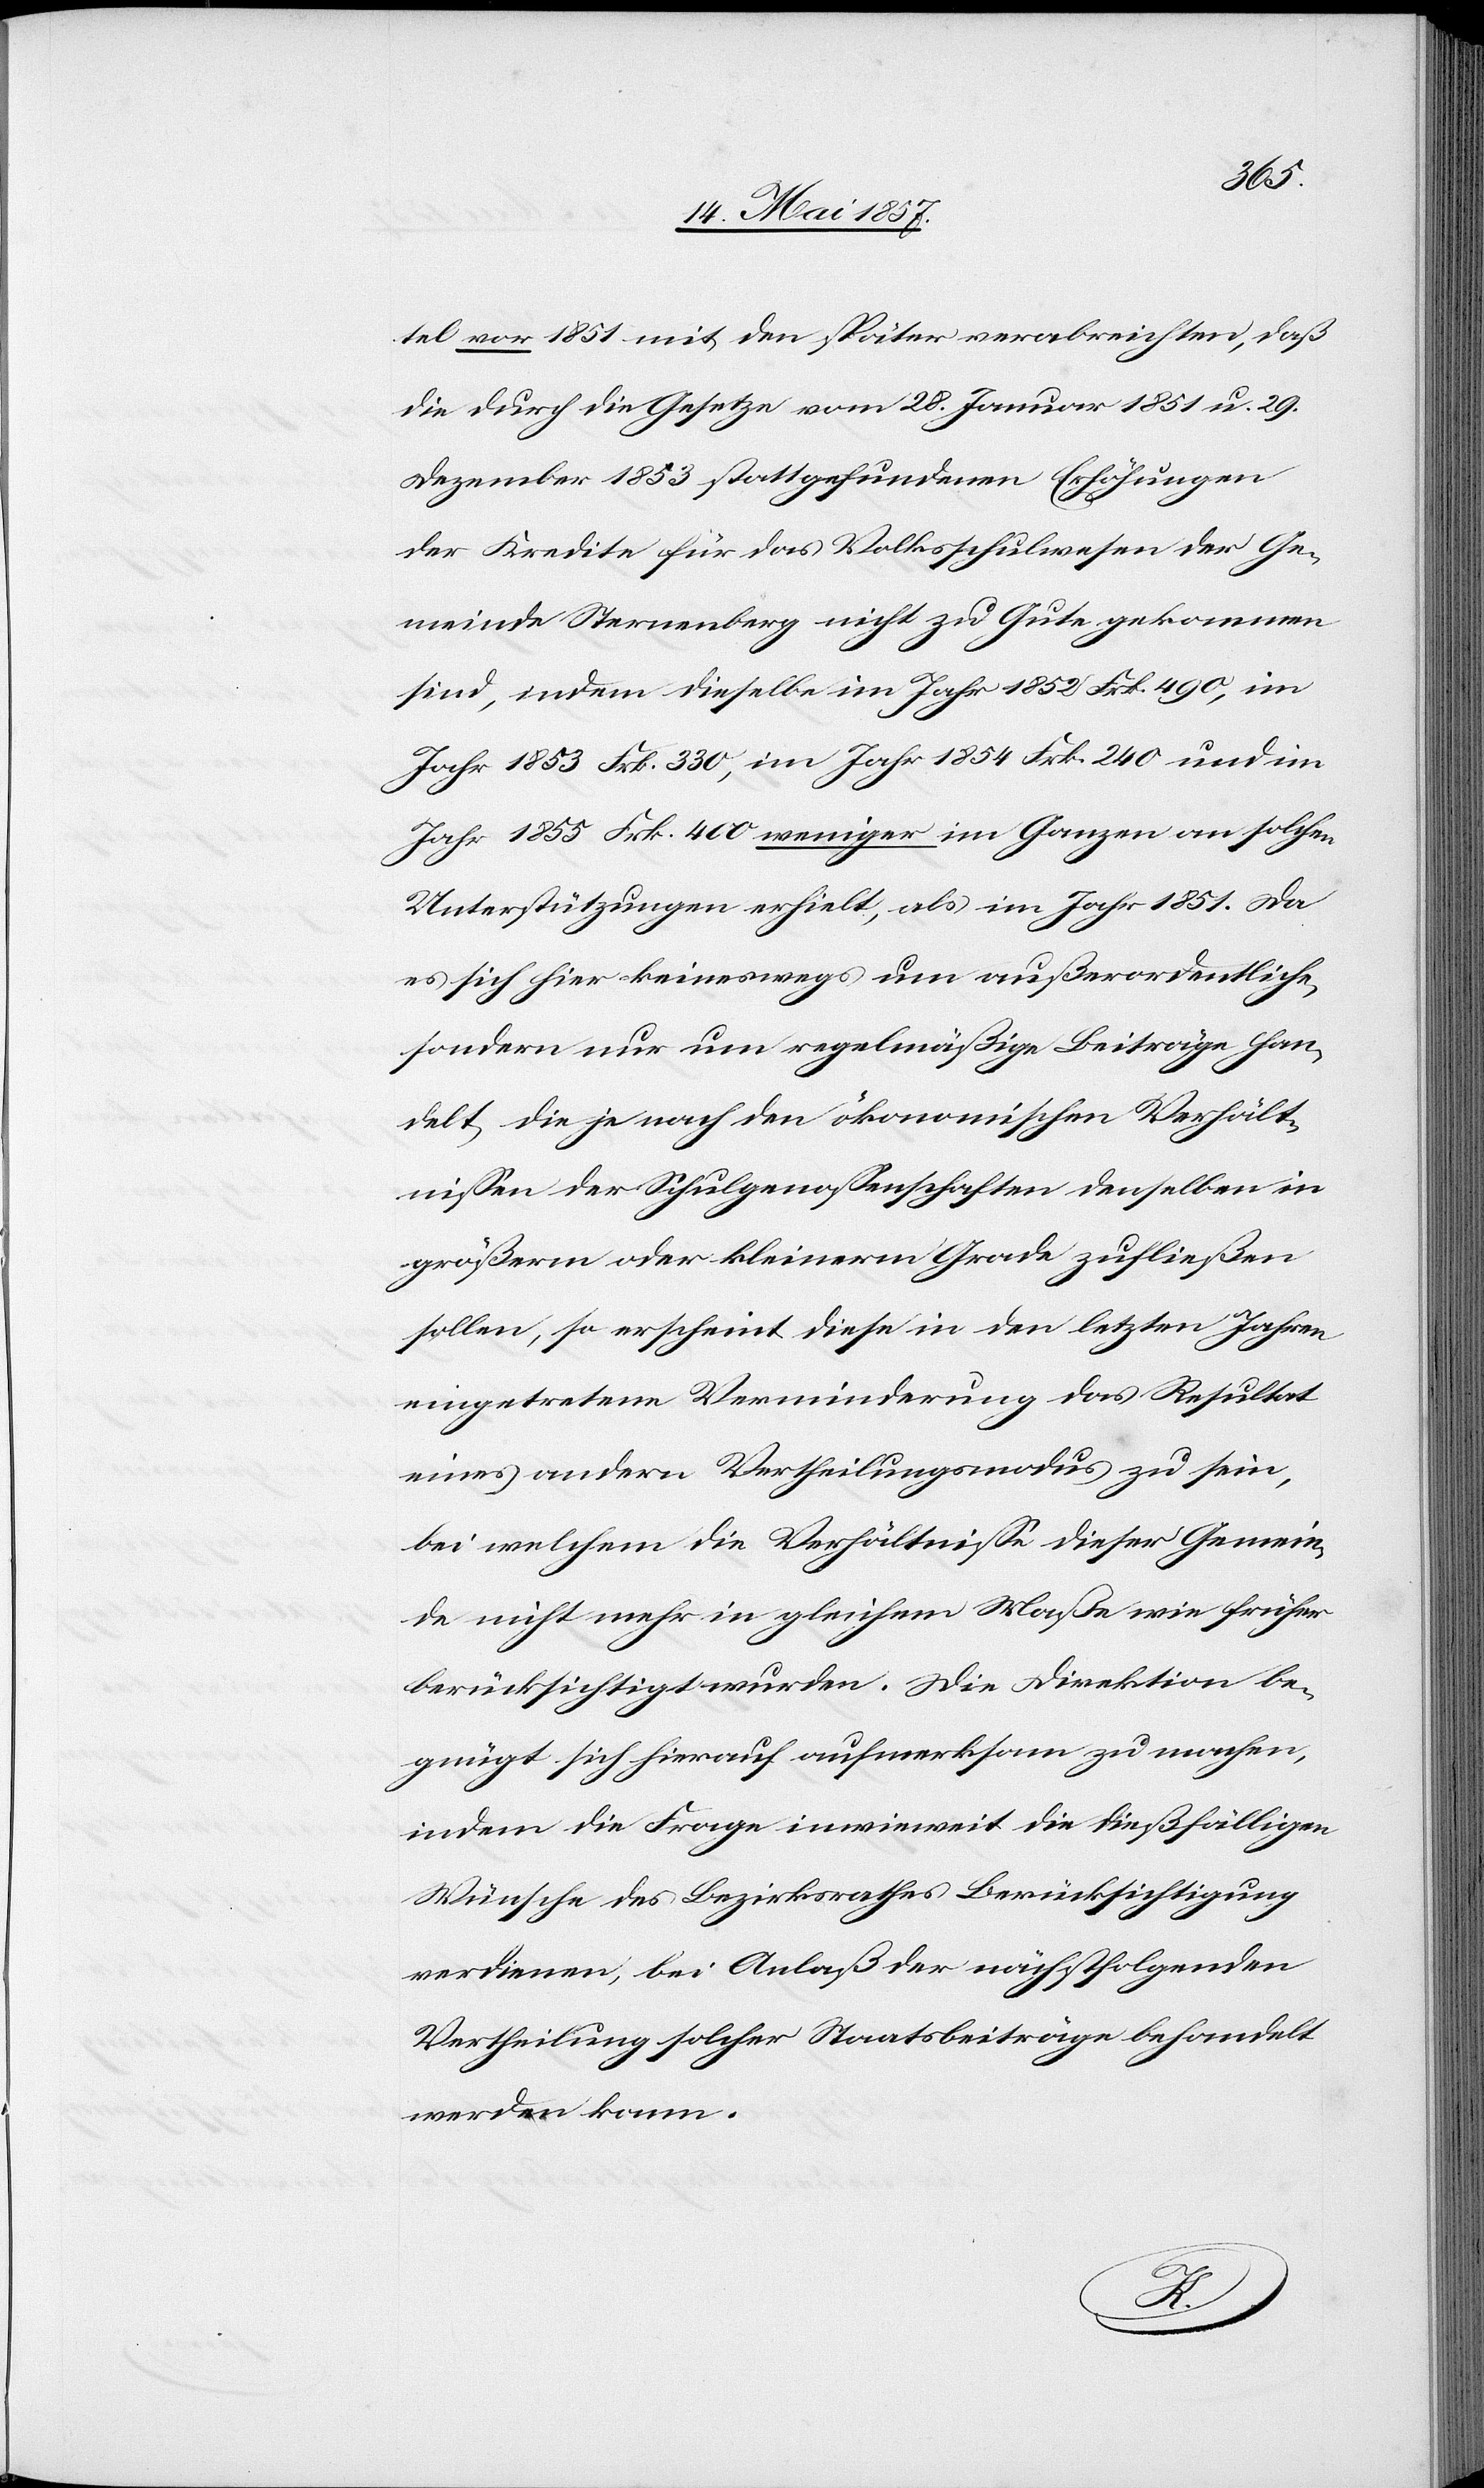
tel vor 1851 mit den später verabreichten, daß
die durch die Gesetze vom 28 Januar 1851 u. 29
Dezember 1853 stattgefundenen Erhöhungen
der Kredite für das Volksschulwesen der Ge¬
meinde Sternenberg nicht zu Gute gekommen
sind, indem dieselbe im Jahr 1852 Frk. 490, im
Jahr 1853 Frk. 330, im Jahr 1854 Frk. 240 und im
Jahr 1855 Frk. 400 weniger im Ganzen an solchen
Unterstützungen erhielt, als im Jahr 1851. Da
es sich hier keineswegs um außerordentliche
sondern nur um regelmäßige Beiträge han¬
delt, die je nach den ökonomischen Verhält¬
nissen der Schulgenossenschaft denselben in
größerm oder kleinerm Grade zufließen
sollen, so erscheint diese in den letzten Jahren
eingetretene Verminderung das Resultat
eines andern Vertheilungsmodus zu sein,
bei welchem die Verhältnisse dieser Gemein¬
de nicht mehr in gleichem Maße wie früher
berücksichtigt wurden. Die Direktion be¬
gnügt sich hierauf aufmerksam zu machen,
indem die Frage inwieweit die dießfälligen
Wünsche des Bezirksrathes Berücksichtigung
verdienen, bei Anlaß der nächstfolgenden
Vertheilung solcher Staatsbeiträge behandelt
werden kann.